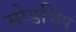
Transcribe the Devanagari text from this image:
मोडचिप